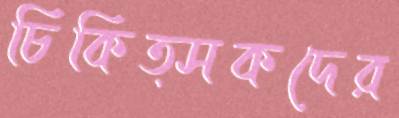
চিকিত্সকদের